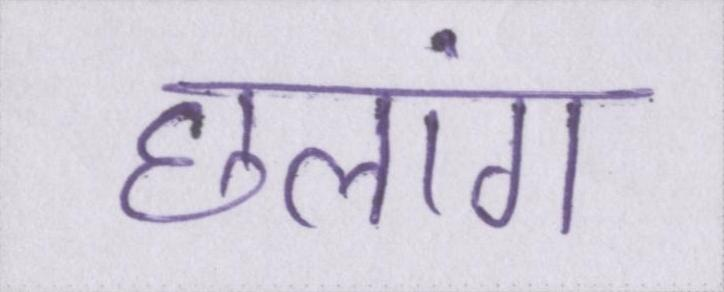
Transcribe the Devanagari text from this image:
छलांग